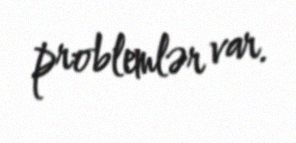
problemlər var.